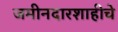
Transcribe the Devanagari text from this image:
जमीनदारशाहीचे